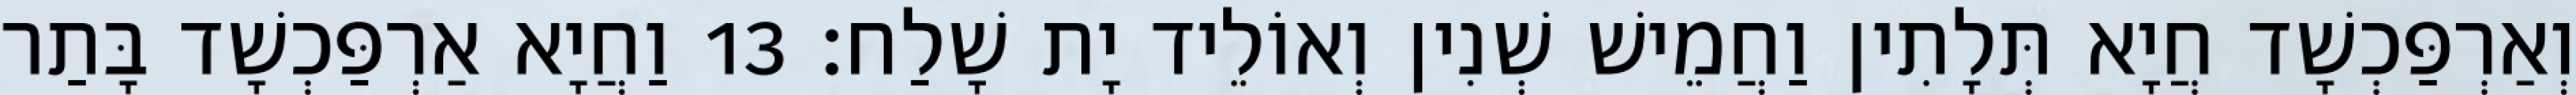
וְאַרְפַּכְשָׁד חֲיָא תְּלָתִין וַחֲמֵישׁ שְׁנִין וְאוֹלֵיד יָת שָׁלַח׃ 13 וַחֲיָא אַרְפַּכְשָׁד בָּתַר